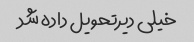
خیلی دیر‌تحویل داده شد